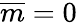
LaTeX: \overline{{m}}=0